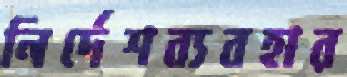
নির্দেশব্যবহার